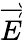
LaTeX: \overrightarrow{E}